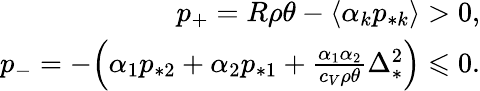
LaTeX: \begin{array}{r}{\begin{array}{r}{p_{+}=R\rho\theta-\langle\alpha_{k}p_{*k}\rangle>0,}\\ {p_{-}=-\Big(\alpha_{1}p_{*2}+\alpha_{2}p_{*1}+\frac{\alpha_{1}\alpha_{2}}{c_{V}\rho\theta}\Delta_{*}^{2}\Big)\leqslant 0.}\end{array}}\end{array}